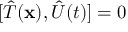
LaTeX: [ { \hat { T } } ( \mathbf { x } ) , { \hat { U } } ( t ) ] = 0